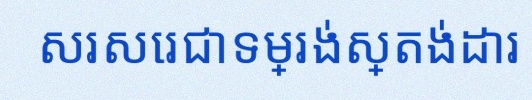
សរសេរជាទម្រង់ស្តង់ដារ